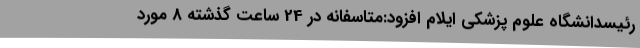
رئیسدانشگاه علوم پزشکی ایلام افزود:متاسفانه در 24 ساعت گذشته 8 مورد